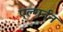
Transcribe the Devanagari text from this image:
एल्गर्नन